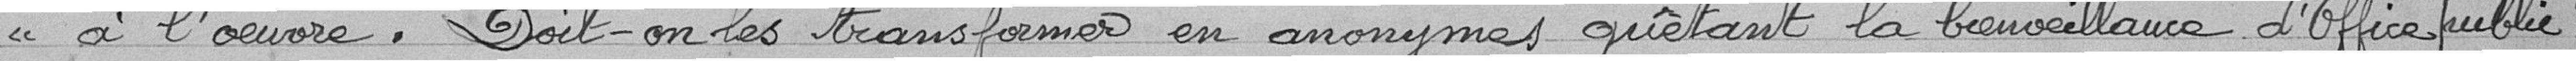
" à l’œuvre. Doit-on les transformer en anonymes quêtant la bienveillance d'office public ?